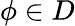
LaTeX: \phi\in D